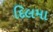
દિલમા